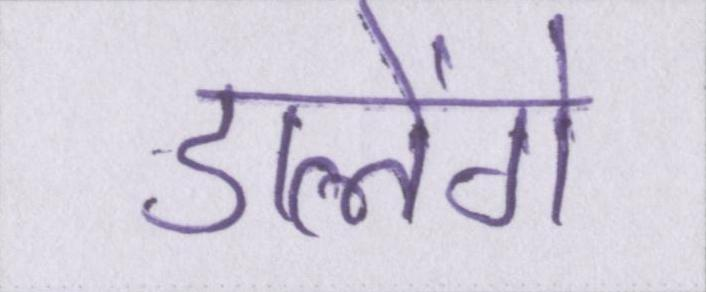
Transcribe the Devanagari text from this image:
डालेंगे